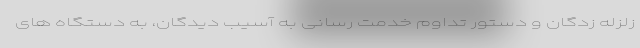
زلزله زدگان و دستور تداوم خدمت رسانی به آسیب دیدگان، به دستگاه های